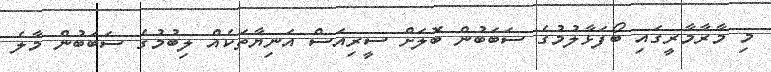
މި މާރާމާރީގައި ބޯފަޅާލުމުގެ ސަބަބުން ބޮލަށް ސީރިއަސް އަނިޔާތަކެއް ލިބުމުގެ ސަބަބުން މާލެ